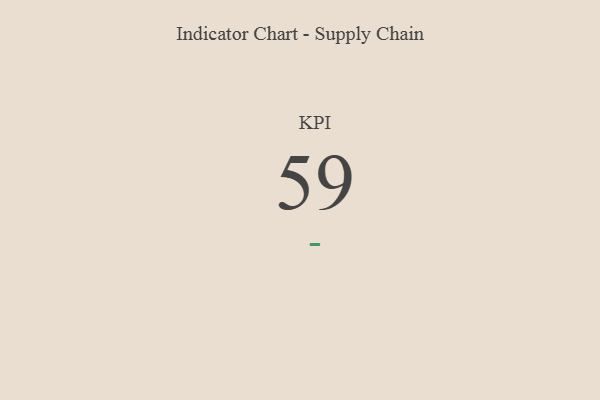
{"axis": {"x": "KPI", "y": "Value"}, "legend": [""], "data": [{"x": "KPI", "y": 59, "type": ""}]}